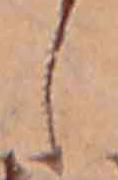
し